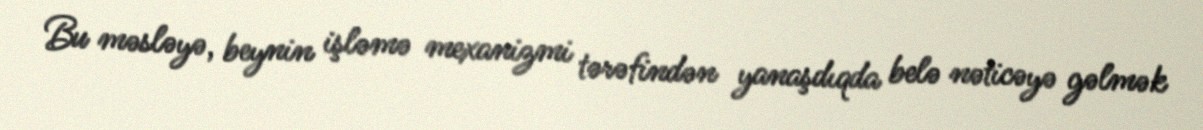
Bu məsləyə, beynin işləmə mexanizmi tərəfindən yanaşdıqda belə nəticəyə gəlmək